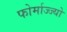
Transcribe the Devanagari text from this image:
फोर्माज्ज्यो